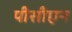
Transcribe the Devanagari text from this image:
पीसीएन